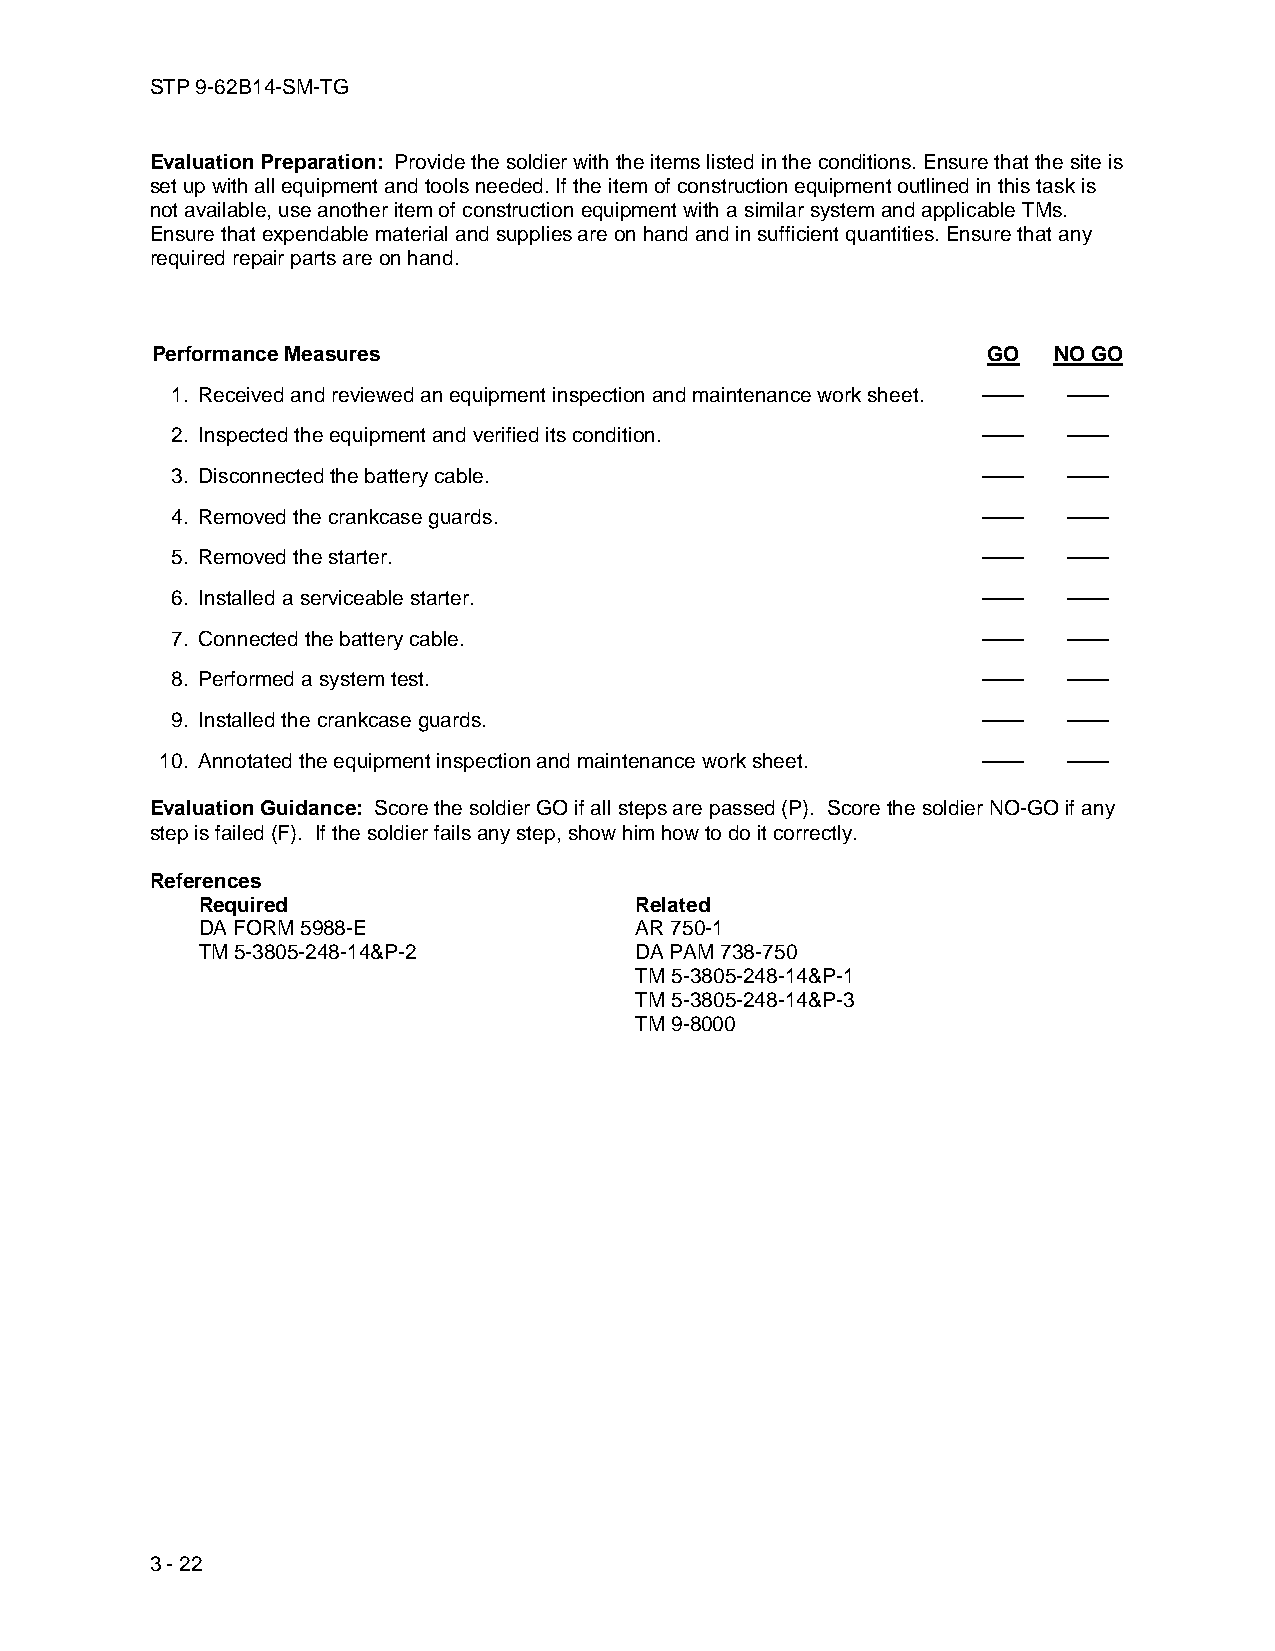
STP 9-62B14-SM-TG
 Evaluation Preparation: Provide the soldier with the items listed in the conditions. Ensure that the site is
 set up with all equipment and tools needed. If the item of construction equipment outlined in this task is
 not available, use another item of construction equipment with a similar system and applicable TMs.
 Ensure that expendable material and supplies are on hand and in sufficient quantities. Ensure that any
 required repair parts are on hand.
 Performance Measures                                   GO   NO GO
 1. Received and reviewed an equipment inspection and maintenance work sheet. —— ——
 2. Inspected the equipment and verified its condition. ——   ——
 3. Disconnected the battery cable.                    ——    ——
 4. Removed the crankcase guards.                      ——    ——
 5. Removed the starter.                               ——    ——
 6. Installed a serviceable starter.                   ——    ——
 7. Connected the battery cable.                       ——    ——
 8. Performed a system test.                           ——    ——
 9. Installed the crankcase guards.                    ——    ——
 10. Annotated the equipment inspection and maintenance work sheet. —— ——
 Evaluation Guidance: Score the soldier GO if all steps are passed (P). Score the soldier NO-GO if any
 step is failed (F). If the soldier fails any step, show him how to do it correctly.
 References
 Required                     Related
 DA FORM 5988-E               AR 750-1
 TM 5-3805-248-14&P-2         DA PAM 738-750
 TM 5-3805-248-14&P-1
 TM 5-3805-248-14&P-3
 TM 9-8000
 3 - 22